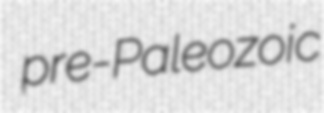
pre-Paleozoic